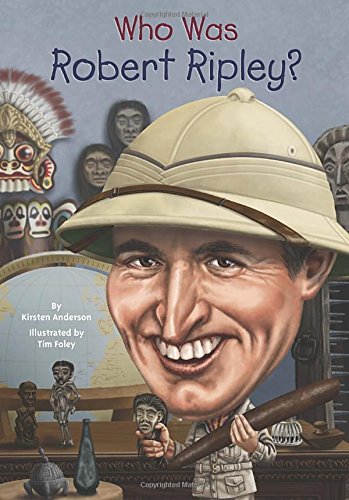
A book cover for Who Was Robert Ripley?; Kirsten Anderson; Children's Books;